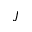
J